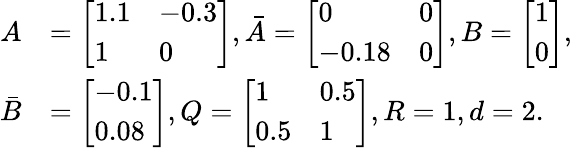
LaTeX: \begin{array}{rl}{A}&{=\left[\begin{array}{ll}{1.1}&{-0.3}\\ {1}&{0}\end{array}\right],\bar{A}=\left[\begin{array}{ll}{0}&{0}\\ {-0.18}&{0}\end{array}\right],B=\left[\begin{array}{l}{1}\\ {0}\end{array}\right],}\\ {\bar{B}}&{=\left[\begin{array}{l}{-0.1}\\ {0.08}\end{array}\right],Q=\left[\begin{array}{ll}{1}&{0.5}\\ {0.5}&{1}\end{array}\right],R=1,d=2.}\end{array}